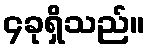
၄ခုရှိသည်။